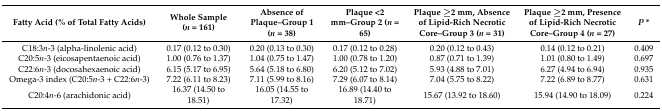
<table><thead><tr><td><b>Fatty Acid (% of Total Fatty Acids)</b></td><td><b>Whole Sample (<i>n</i> = 161)</b></td><td><b>Absence of Plaque–Group 1 (<i>n</i> = 38)</b></td><td><b>Plaque &lt;2 mm–Group 2 (<i>n</i> = 65)</b></td><td><b>Plaque ≥2 mm, Absence of Lipid-Rich Necrotic Core–Group 3 (<i>n</i> = 31)</b></td><td><b>Plaque ≥2 mm, Presence of Lipid-Rich Necrotic Core–Group 4 (<i>n</i> = 27)</b></td><td><b><i>P</i> *</b></td></tr></thead><tbody><tr><td>C18:3<i>n</i>-3 (alpha-linolenic acid)</td><td>0.17 (0.12 to 0.30)</td><td>0.20 (0.13 to 0.30)</td><td>0.17 (0.12 to 0.28)</td><td>0.20 (0.12 to 0.43)</td><td>0.14 (0.12 to 0.21)</td><td>0.409</td></tr><tr><td>C20:5<i>n</i>-3 (eicosapentaenoic acid)</td><td>1.00 (0.76 to 1.37)</td><td>1.04 (0.75 to 1.47)</td><td>1.00 (0.78 to 1.20)</td><td>0.87 (0.71 to 1.39)</td><td>1.01 (0.80 to 1.49)</td><td>0.697</td></tr><tr><td>C22:6<i>n</i>-3 (docosahexaenoic acid)</td><td>6.15 (5.17 to 6.95)</td><td>5.64 (5.18 to 6.80)</td><td>6.20 (5.12 to 7.02)</td><td>5.93 (4.88 to 7.01)</td><td>6.27 (4.94 to 6.94)</td><td>0.935</td></tr><tr><td>Omega-3 index (C20:5<i>n</i>-3 + C22:6<i>n</i>-3)</td><td>7.22 (6.11 to 8.23)</td><td>7.11 (5.99 to 8.16)</td><td>7.29 (6.07 to 8.14)</td><td>7.04 (5.75 to 8.22)</td><td>7.22 (6.89 to 8.77)</td><td>0.631</td></tr><tr><td>C20:4<i>n</i>-6 (arachidonic acid)</td><td>16.37 (14.50 to 18.51)</td><td>16.05 (14.55 to 17.32)</td><td>16.89 (14.40 to 18.71)</td><td>15.67 (13.92 to 18.60)</td><td>15.94 (14.90 to 18.09)</td><td>0.224</td></tr></tbody></table>